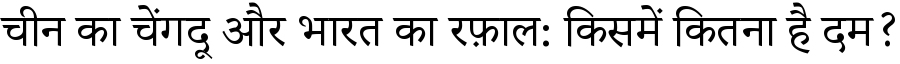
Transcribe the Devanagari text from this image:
चीन का चेंगदू और भारत का रफ़ाल: किसमें कितना है दम?